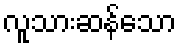
လူသားဆန်သော